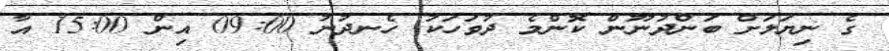
ގެ ނިޔަލަށް ބަންދުނޫން ކޮންމެ ދުވަހަކު ހެނދުނު 09:00 އިން 15:00 އާ